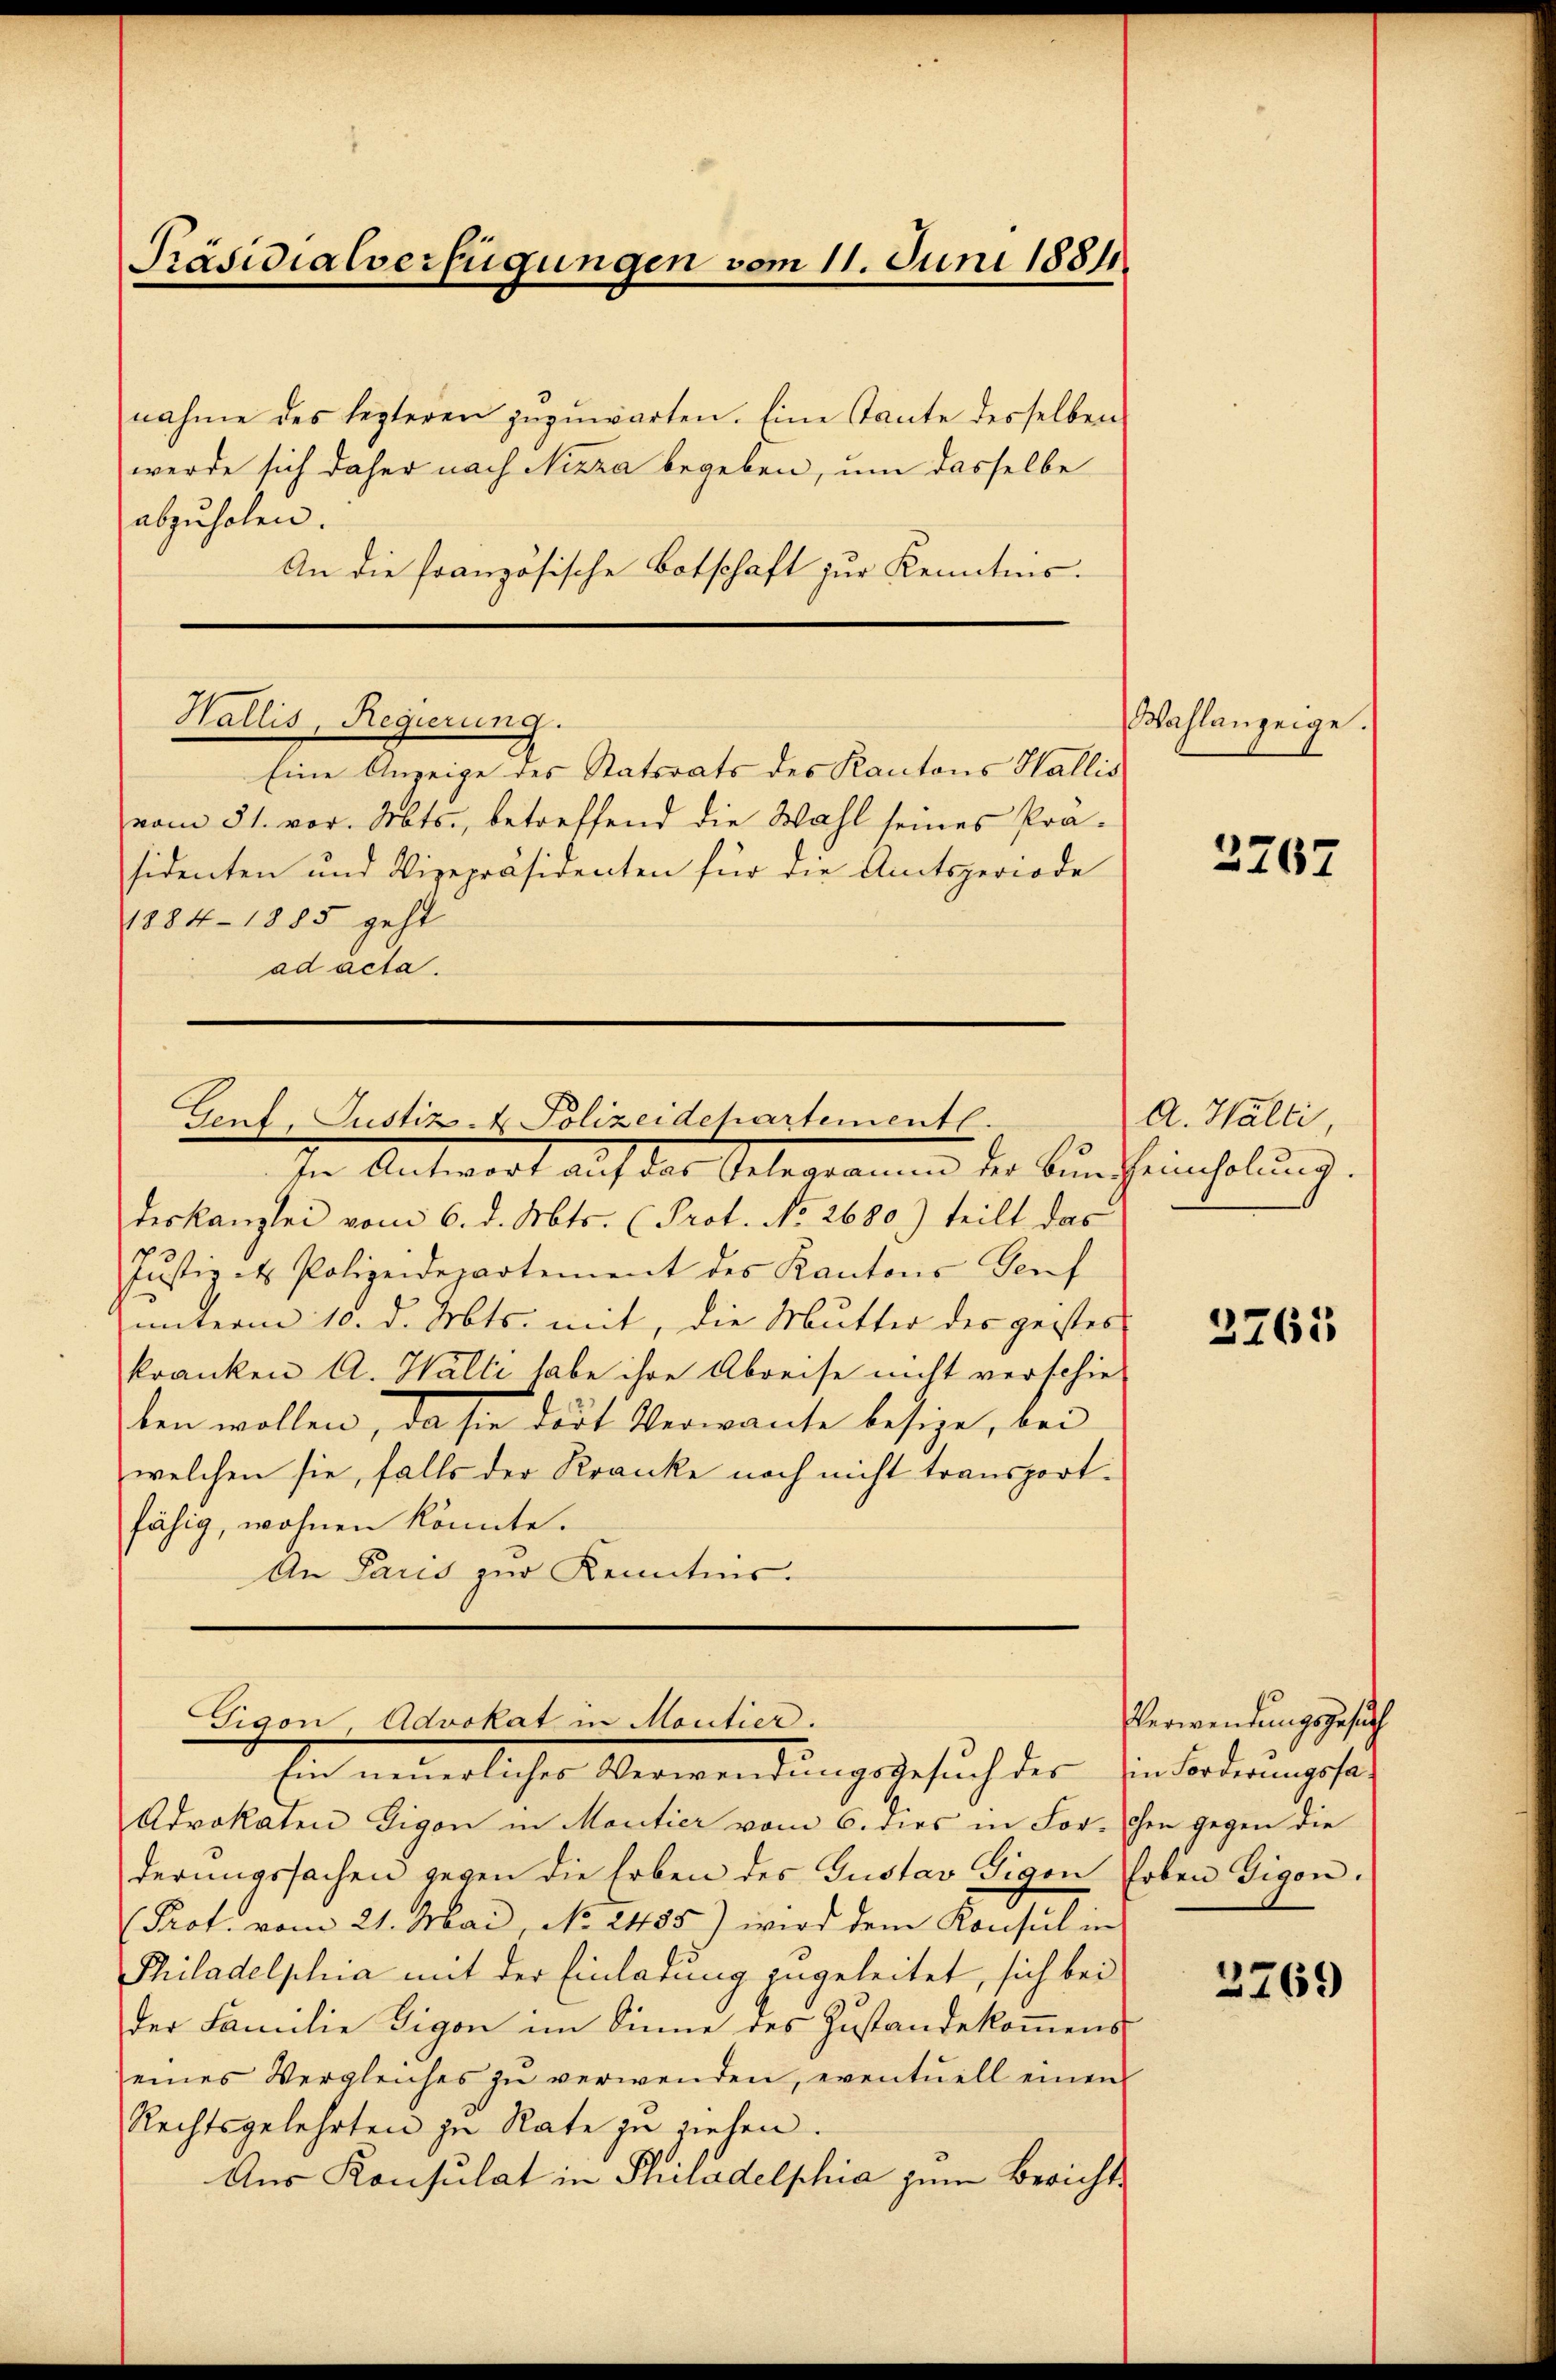
Präsidialverfügungen vom 11. Juni 18811.

nahme des lezteren zuzuwarten. Eine Tante desselben
werde sich daher nach Nizza begeben, um dasselbe
abzuholen.
An die französische Botschaft zur Kenntnis.

vom 31. vor. Mts., betreffend die Wahl seines Prä-
sidenten und Vizepräsidenten für die Amtsperiode
1884-1885 geht
ad acta.
In Antwort auf der Gelegrammen der Burscheinholung.
deskanzlei vom 6. d. Mts. (Prot. No 2680) teilt das
Justiz - Polizeidepartement des Kantons Genf
unterm 10. d. Mts. mit, die Mutter des geistes
kranken A. Walli habe ihre Abreise nicht verschie-
ten wollen, da sie dort Verwante besie, wen
welchen sie, falls der Kranke noch nicht transport.
fähig, wohnen könnte.
An Paris zur Kenntnis.
Gigon Advokat in Moutier.
Ein neüerlicher Verwendungsbesuch der Einforderungsrat
Advokaten Eigen in Moutier vom 6. dies in For- chen gegen die
derungssachen gegen die Erben des Gustav Tigen hoben Gigon.
(Prot. vom 21. Mai, No. 2455) wird dem Konsul in
Philadelphia mit der Einladung zugeleitet, sich bei
der Familie Tigon im Sinne des Zustandekommens
eines Vergleiches zŭ verwenden, eventuell einen
Rechtsgelehrten zu Rate zu ziehen.
Aus Konsulat in Philadelphia zum Berichts

Wallis, Regierung.
Eine Anzeige des Statsrats des Kantons Wallis

Gent, Justiz- & Polizeidchartementl.

Wahlanzeige.

2267

A. Walli,

3761

Verwendungsgesuch

2769